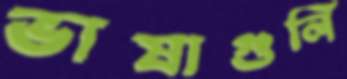
ভাষাগুলি